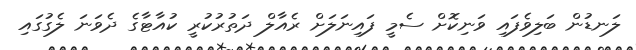
ލަނޑުން ބަލިވެފައި ވަނިކޮށް ސެމީ ފައިނަލަށް ރެއާލް ދަތުރުކުރީ ކުއާޓާގެ ދެވަނަ ލެގުގައި